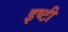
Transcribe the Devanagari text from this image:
इष्टी